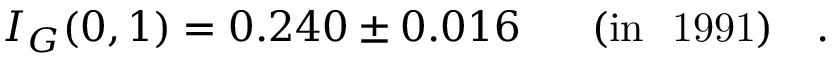
I _ { G } ( 0 , 1 ) = 0 . 2 4 0 \pm 0 . 0 1 6 \ \ \ \ \ \mathrm { ( i n ~ \ 1 9 9 1 ) } \ \ \ .